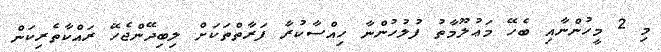
މި 2 މީހުންނާއި ބެހޭ މަޢުލޫމާތު ފުލުހުންނާ ހިއްސާކުރާ ފަރާތްތަކަށް ލިބިދޭންޖެހޭ ރައްކާތެރިކަން